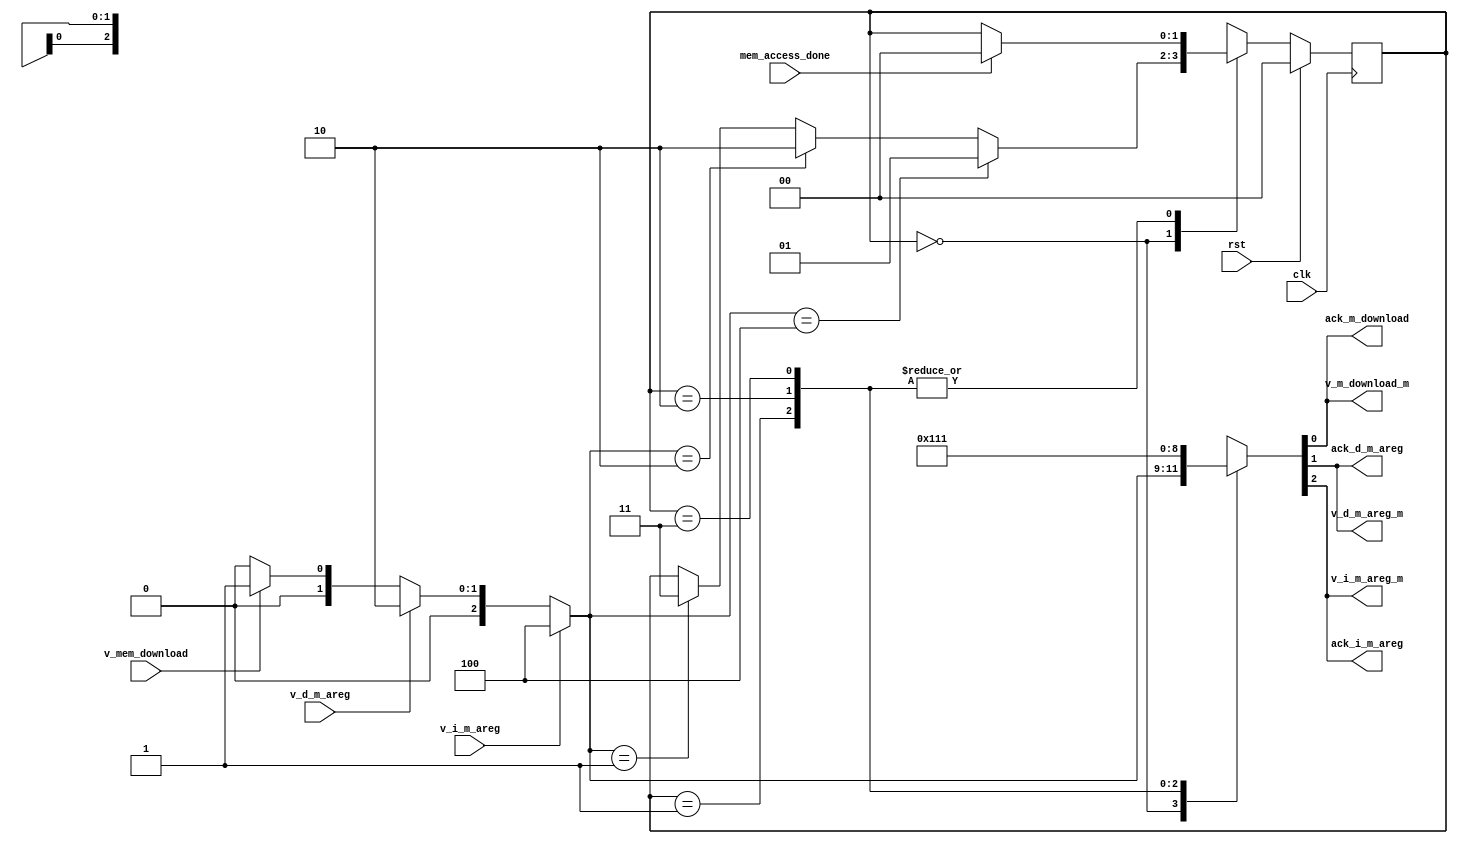
module      arbiter_for_mem(
                            clk,
                            rst,
                            v_mem_download,
                            v_d_m_areg,
                            v_i_m_areg,
                            mem_access_done,
                            ack_m_download,
                            ack_d_m_areg,
                            ack_i_m_areg,
                            v_m_download_m,
                            v_d_m_areg_m,
                            v_i_m_areg_m
                            );
 input                           clk;
 input                           rst;
 input                           v_mem_download;
 input                           v_d_m_areg;
 input                           v_i_m_areg;
 input                           mem_access_done;
 output                           ack_m_download;
 output                           ack_d_m_areg;
 output                           ack_i_m_areg;
 output                           v_m_download_m;
 output                           v_d_m_areg_m;
 output                           v_i_m_areg_m;  
 parameter       arbiter_idle=2'b00;
 parameter       i_m_areg_busy=2'b01;
 parameter       d_m_areg_busy=2'b10;
 parameter       m_download_busy=2'b11;
 reg  [1:0]   nstate;
 reg  [1:0]   state;
 wire   [2:0] seled_v;
 reg        ack_m_download;
 reg        ack_d_m_areg;
 reg        ack_i_m_areg;
 reg        v_m_download_m;
 reg        v_d_m_areg_m;
 reg        v_i_m_areg_m;
 assign seled_v=(v_i_m_areg==1'b1)?3'b100:(v_d_m_areg==1'b1)?3'b010:(v_mem_download==1'b1)?3'b001:3'b000;
 always@(*)
 begin
	{ack_i_m_areg,ack_d_m_areg,ack_m_download}=3'b000;
	{v_i_m_areg_m,v_d_m_areg_m,v_m_download_m}=3'b000;
	nstate=state;
   case(state)
     arbiter_idle:
       begin
           {ack_i_m_areg,ack_d_m_areg,ack_m_download}=seled_v;
           {v_i_m_areg_m,v_d_m_areg_m,v_m_download_m}=seled_v;
           if(seled_v==3'b100)
             nstate=i_m_areg_busy;
           else 
           if(seled_v==3'b010)
             nstate=d_m_areg_busy;
           else 
           if(seled_v==3'b001)
             nstate=m_download_busy;
       end   
     i_m_areg_busy:
       begin
         if(mem_access_done)
           begin
             nstate=arbiter_idle;
           end
         {ack_i_m_areg,ack_d_m_areg,ack_m_download}=3'b100;
         {v_i_m_areg_m,v_d_m_areg_m,v_m_download_m}=3'b100;
       end 
     d_m_areg_busy:
       begin
         if(mem_access_done)
           begin
             nstate=arbiter_idle;
           end
         {ack_i_m_areg,ack_d_m_areg,ack_m_download}=3'b010;
         {v_i_m_areg_m,v_d_m_areg_m,v_m_download_m}=3'b010;
       end
     m_download_busy:
       begin
         if(mem_access_done)
           begin
             nstate=arbiter_idle;
           end
         {ack_i_m_areg,ack_d_m_areg,ack_m_download}=3'b001;
         {v_i_m_areg_m,v_d_m_areg_m,v_m_download_m}=3'b001;
       end        
 endcase
end       
always@(posedge clk)
begin
  if(rst)
    state<=2'b00;
  else 
    state<=nstate;
end                         
endmodule